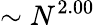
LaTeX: \sim N^{2.00}